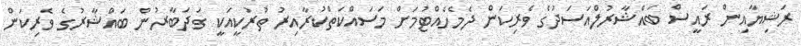
ރަޝިޔާއިން ރައީސް ބައްޝާރުލްއަސަދުގެ ވެރިކަން ދެމެހެއްޓުމަށް މަސައްކަތްކުރާއިރު ތުރުކީއަކީ ގަދަބާރުން ބައްޝާރުގެ ވެރިކަން